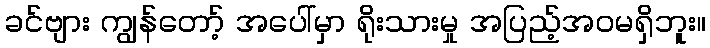
ခင်ဗျား ကျွန်တော့် အပေါ်မှာ ရိုးသားမှု အပြည့်အဝမရှိဘူး။